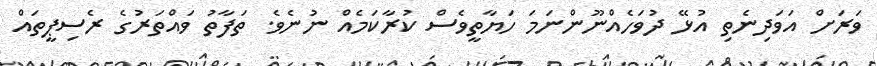
ވަރަށް އަވަދިނެތި އުޅޭ ދުވަހެއްނޫންނަމަ ހަޔާތީވެސް ކުރާކަމެއް ނުނެވެ. ތަފާތު ވައްތަރުގެ ރެސިޕީތައް